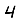
Digit: 4